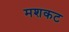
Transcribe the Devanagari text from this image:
मशकट